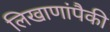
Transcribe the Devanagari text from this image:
लिखाणांपैकी